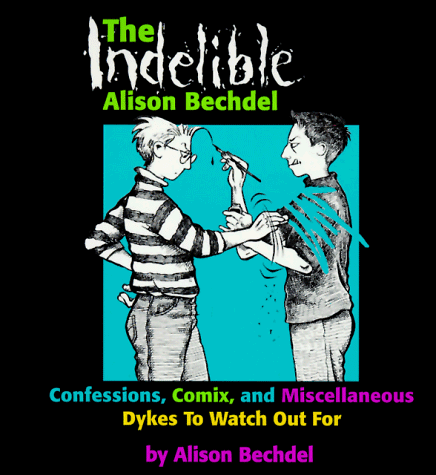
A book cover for The Indelible Alison Bechdel: Confessions, Comix, and Miscellaneous Dykes to Watch Out for; Alison Bechdel; Gay & Lesbian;